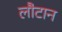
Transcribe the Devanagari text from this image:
लौटान